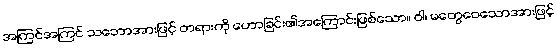
အကြင်အကြင် သဘောအားဖြင့် တရားကို ဟောခြင်း၏အကြောင်းဖြစ်သော။ ဝါ၊ မတွေဝေသောအားဖြင့်